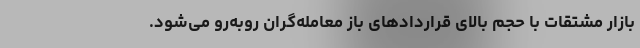
بازار مشتقات با حجم بالای قرارداد‌های باز معامله‌گران روبه‌رو می‌شود.